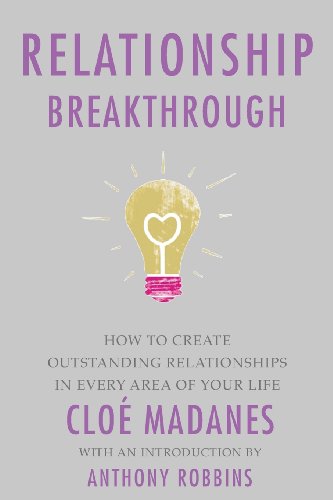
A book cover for Relationship Breakthrough; Cloe Madanes; Self-Help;